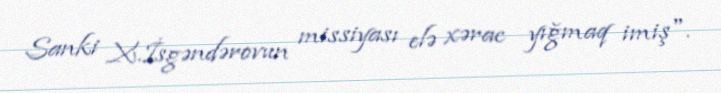
Sanki X.İsgəndərovun missiyası elə xərac yığmaq imiş".